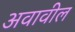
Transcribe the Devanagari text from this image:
अवावील